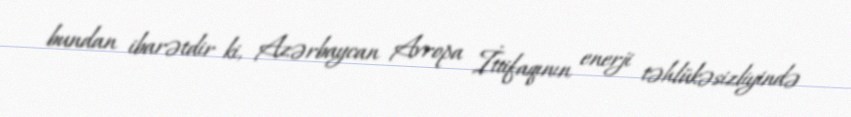
bundan ibarətdir ki, Azərbaycan Avropa İttifaqının enerji təhlükəsizliyində